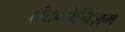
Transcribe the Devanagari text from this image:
एंटगोनिज़्म